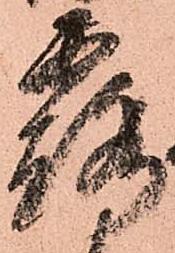
露